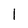
Character: 1